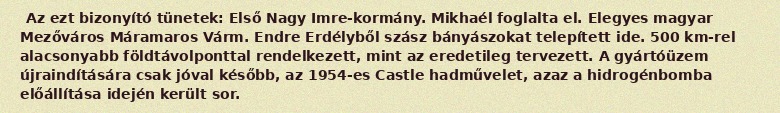
Az ezt bizonyító tünetek: Első Nagy Imre-kormány. Mikhaél foglalta el. Elegyes magyar Mezőváros Máramaros Várm. Endre Erdélyből szász bányászokat telepített ide. 500 km-rel alacsonyabb földtávolponttal rendelkezett, mint az eredetileg tervezett. A gyártóüzem újraindítására csak jóval később, az 1954-es Castle hadművelet, azaz a hidrogénbomba előállítása idején került sor.